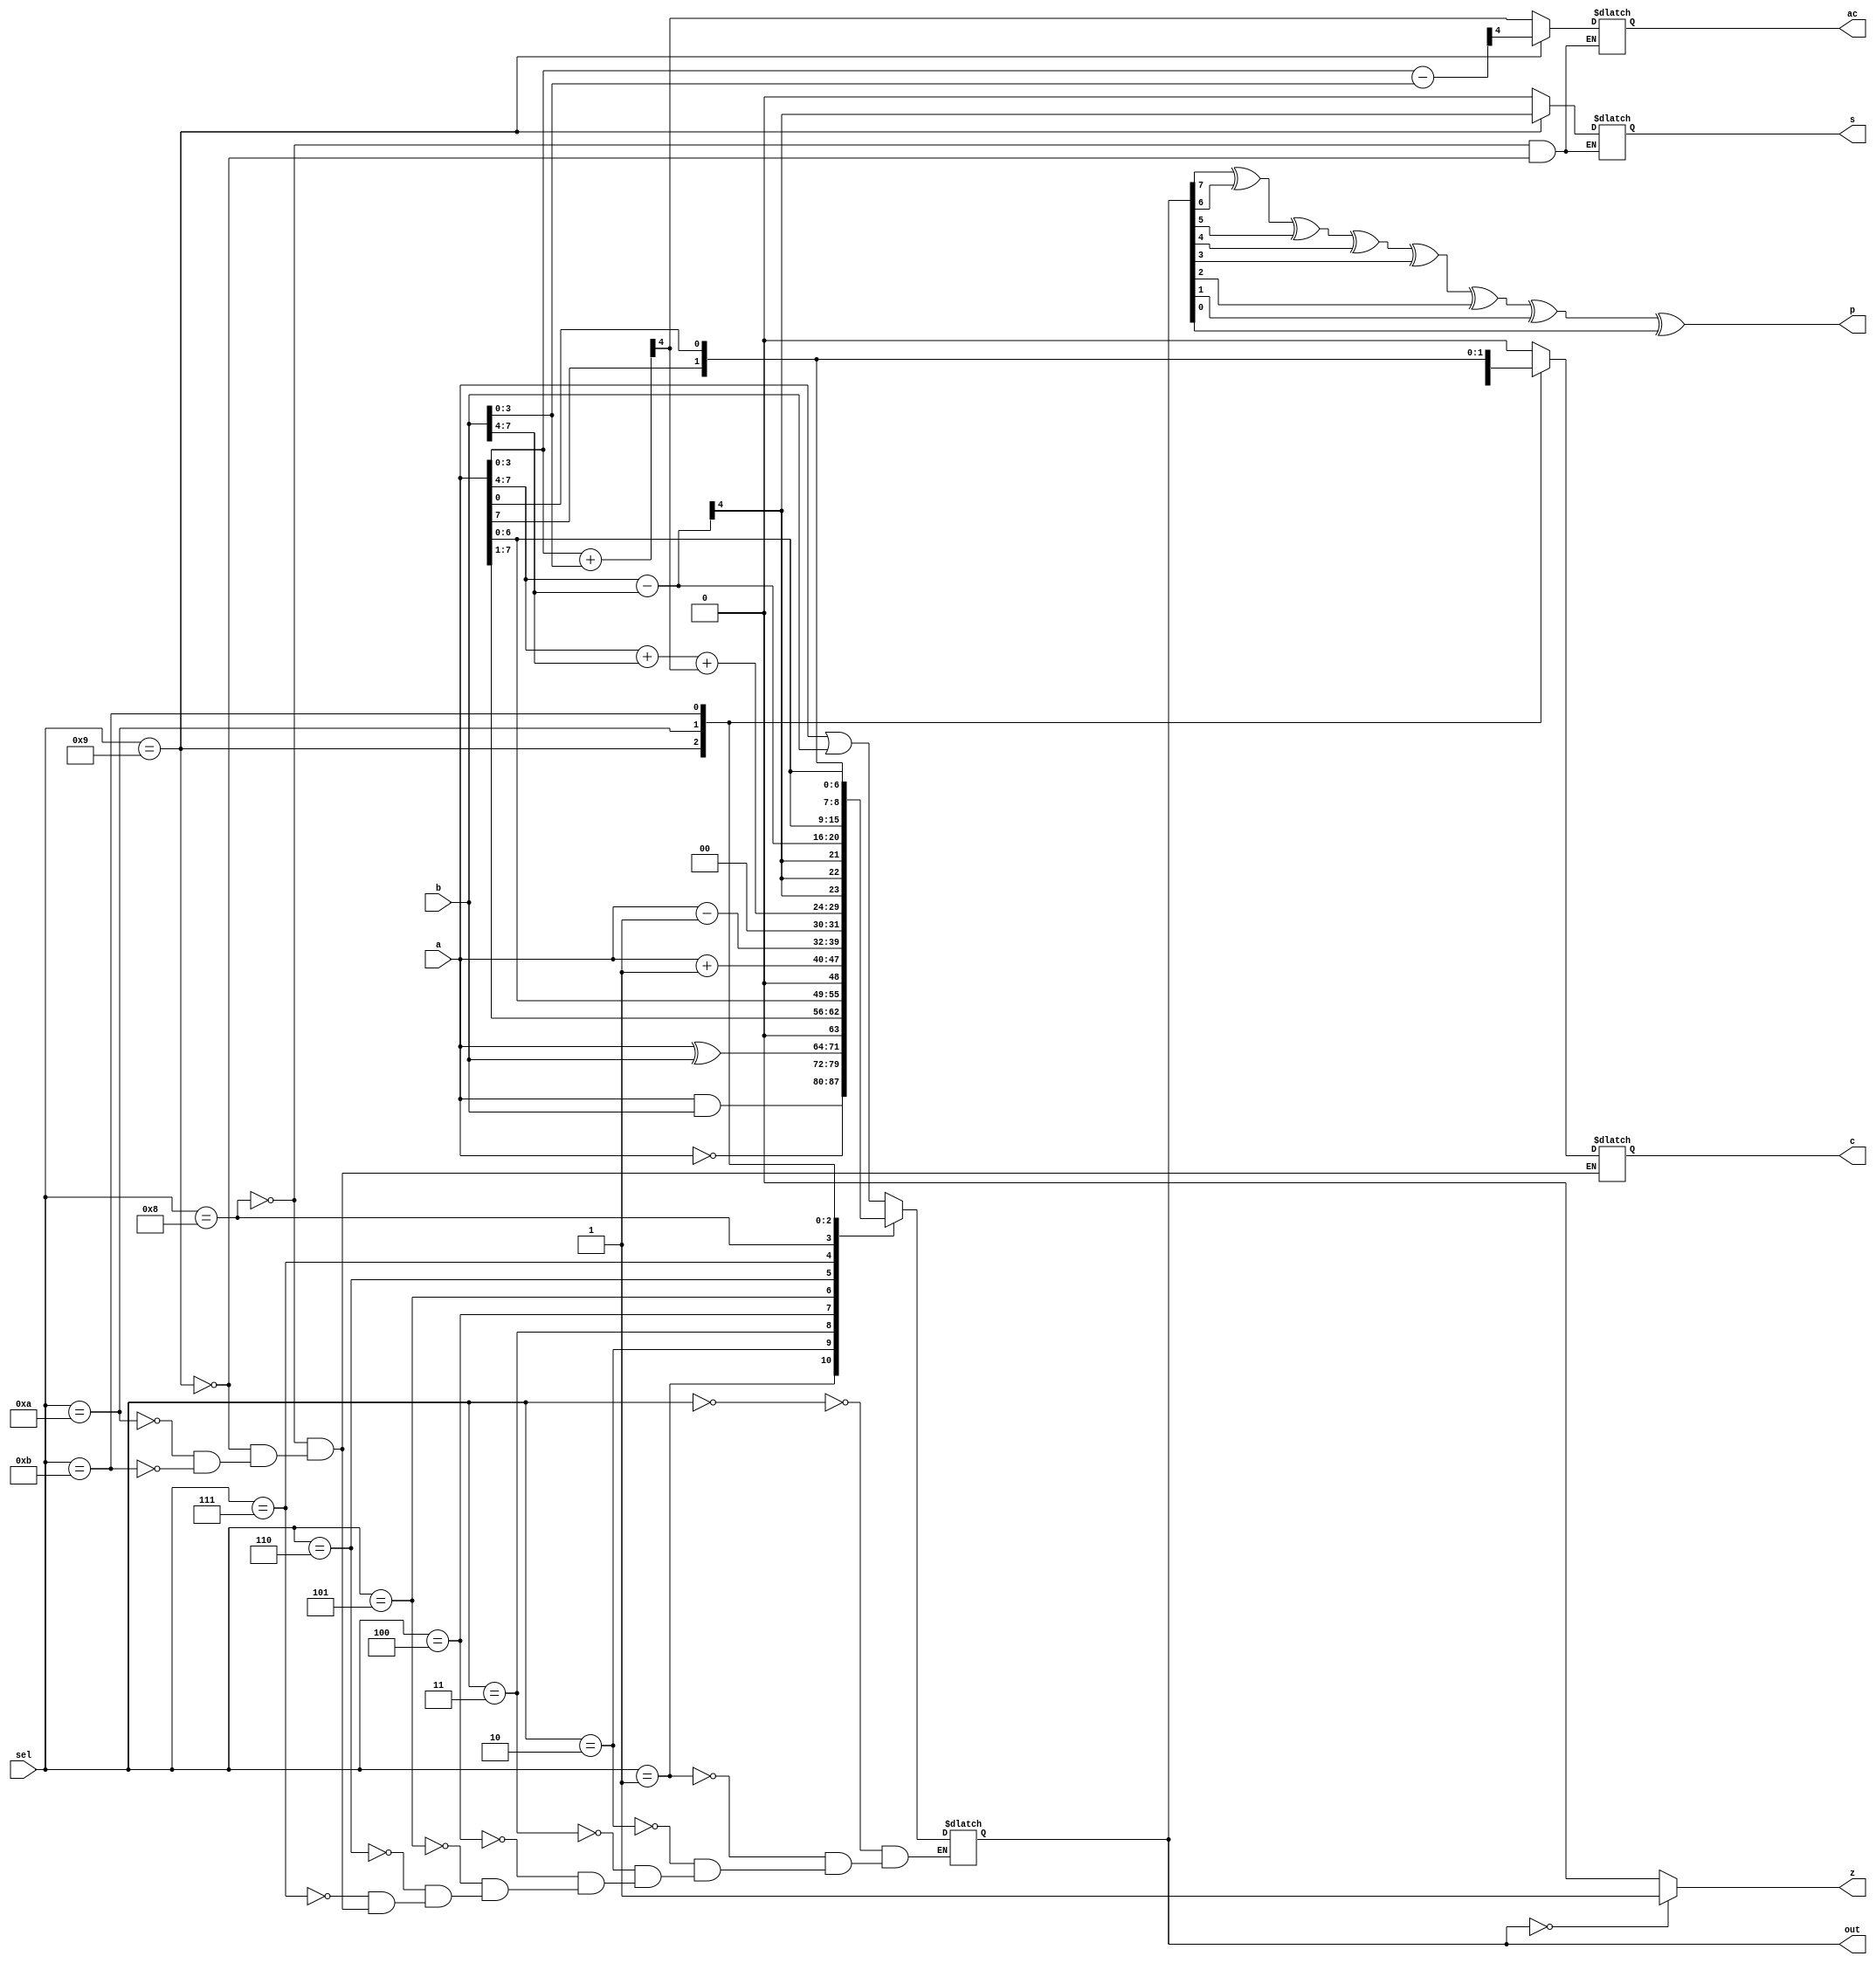
`timescale 1ns / 1ps
//////////////////////////////////////////////////////////////////////////////////
// Company: 
// Engineer: 
// 
// Design Name: 
// Module Name:    alu 
// Project Name: 
// Target Devices: 
// Tool versions: 
// Description: 
//
// Dependencies: 
//
// Revision: 
// Revision 0.01 - File Created
// Additional Comments: 
//
//////////////////////////////////////////////////////////////////////////////////
module alu(a,b,sel,out,ac,c,z,s,p);
input [7:0] a,b;
input [3:0] sel;
output reg [7:0] out;
output reg c,s,ac;
output z,p;
assign z= (out==8'b0000_0000)? 1 : 0;
assign p = out[7]^out[6]^out[5]^out[4]^out[3]^out[2]^out[1]^out[0];
always@(sel,a,b) begin
case(sel)
0:out=a|b;
1:out=a&b;
2:out=~a;
3:out= a^b;
4:out=a>>1;
5:out=a<<1;
6:out=a+1;
7:out=a-1;
8:begin
{ac,out[3:0]}=a[3:0]+b[3:0];
{c,out[7:0]}=a[7:4]+b[7:4]+ac;
s=out[7];
end

9:begin
{ac,out[3:0]}=a[3:0]-b[3:0];
{c,out[7:0]}=a[7:4]-b[7:4];
s=out[7];
end
10:begin//rotate left
c=a[7];
out={a[6:0],c};
end
11:begin//rotate right
c=a[0];
out={c,a[6:0]};
end
endcase
end
endmodule